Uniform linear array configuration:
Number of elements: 48
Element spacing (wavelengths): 0.75
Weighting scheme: blackman
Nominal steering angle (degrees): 30
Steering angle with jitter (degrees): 29.246
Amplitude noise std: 0.05
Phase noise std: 0.05

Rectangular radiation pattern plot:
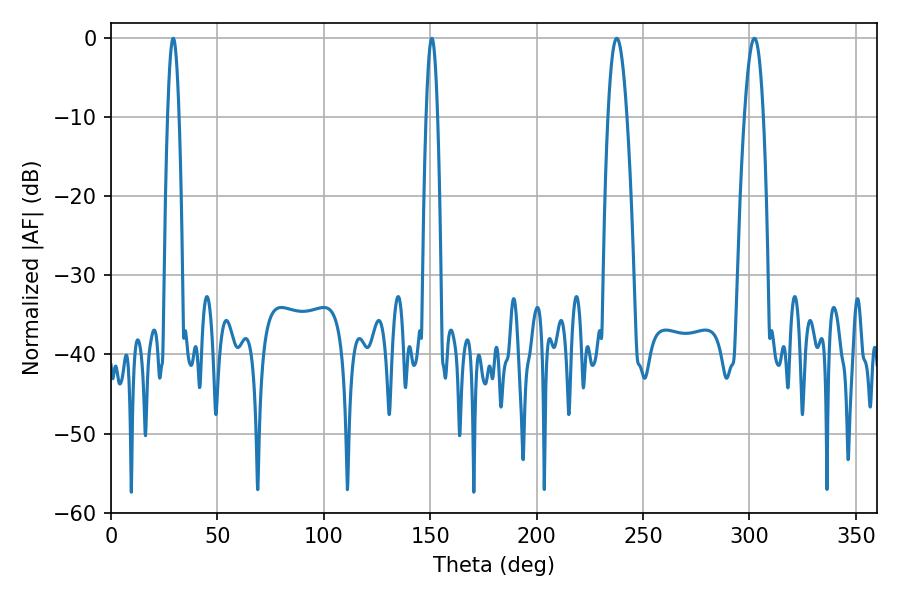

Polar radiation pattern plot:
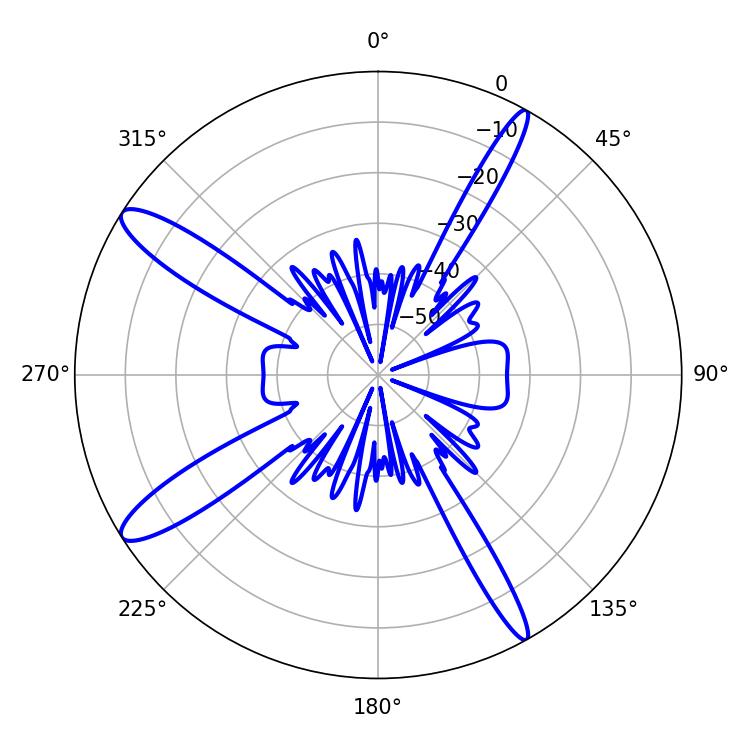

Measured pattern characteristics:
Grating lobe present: TRUE
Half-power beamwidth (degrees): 4.86
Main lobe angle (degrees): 237.6